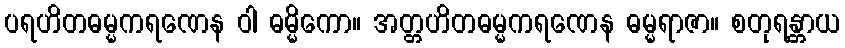
ပရဟိတဓမ္မကရဏေန ဝါ ဓမ္မိကော။ အတ္တဟိတဓမ္မကရဏေန ဓမ္မရာဇာ။ စတုရန္တာယ